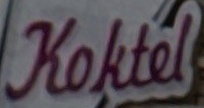
Koktel